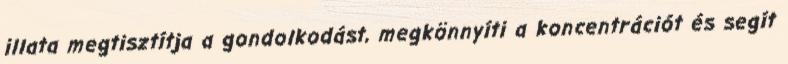
illata megtisztítja a gondolkodást, megkönnyíti a koncentrációt és segít